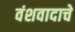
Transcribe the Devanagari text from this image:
वंशवादाचे